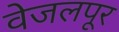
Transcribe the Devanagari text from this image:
वेजलपूर